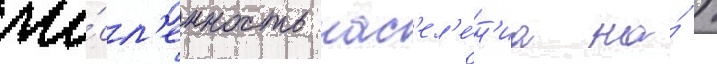
чи́сл'енность нас'ел'е́н'иа на́ 1